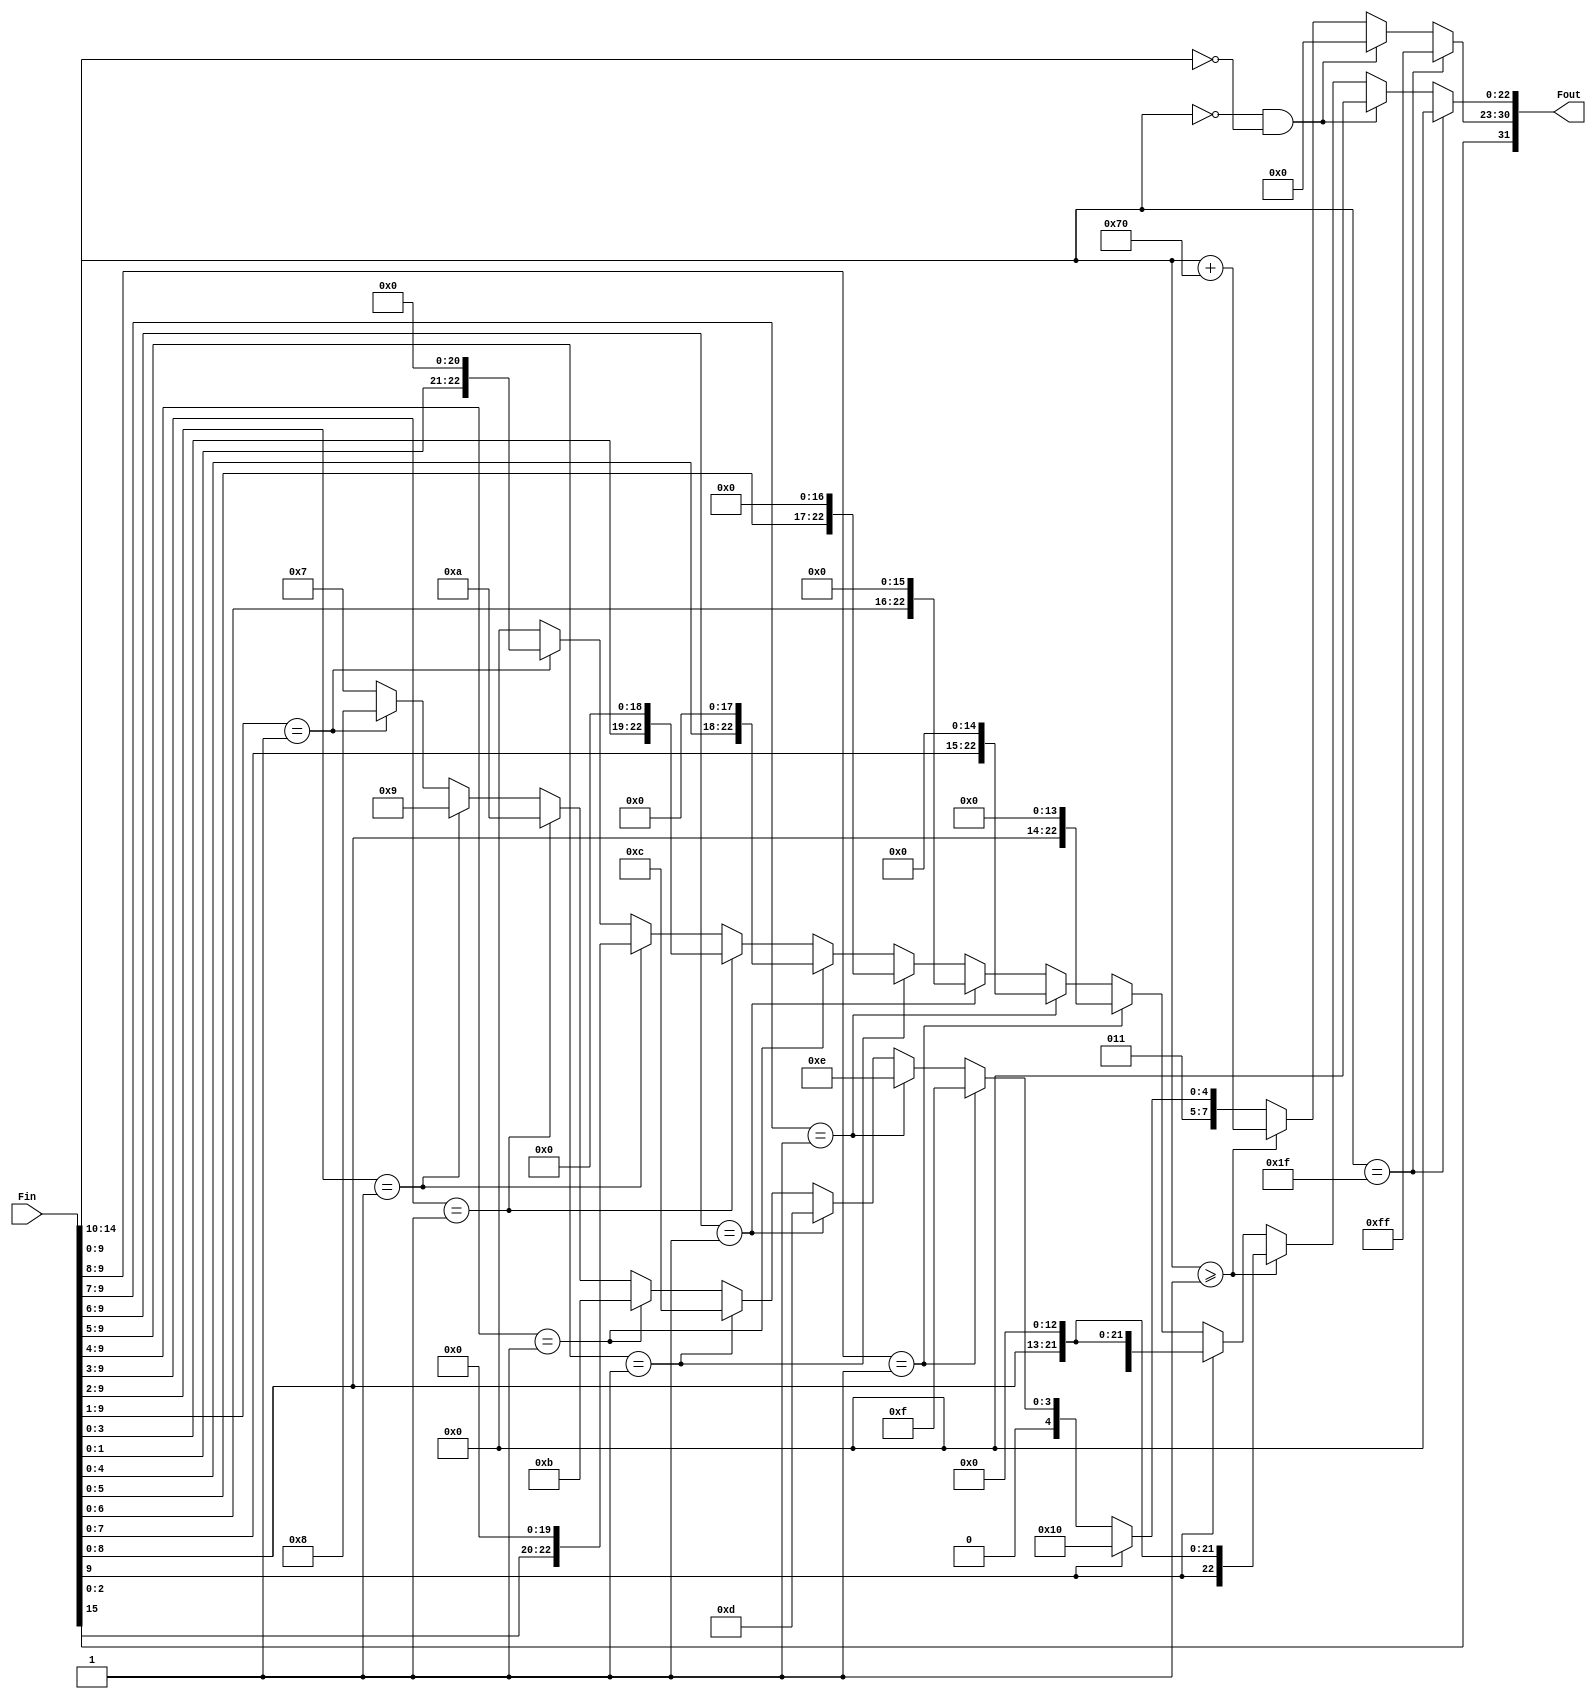
/* ----------------------------------------------------------------------------
Projeto: modulo conversor Float 16 - 32 
UFABC - universidade Federal do ABC
Verso: 1.0                Data: 02.10.2017
Prog: Carolina Zambelli

Descrio: converte um fp half precision (16bits) para um single (32bits)
como trabalhamos apenas em normalized, a frmula fica:

f = ((h&0x8000)<<16) | (((h&0x7c00)+0x1C000)<<13) | ((h&0x03FF)<<13)
-----------------------------------------------------------------------------*/

module Conv_F16_F32
(
  input [15:0] Fin,
  output [31:0] Fout
);

  reg  [7:0] Exp_tmp;
  reg  [22:0] Man_tmp;

// este bloco resolve concatenao dos bits incluindo subnormal
always @(Fin)
  begin
  if (Fin[14:10] == 5'd31)             // se exp==31 +- inf
    begin
    Exp_tmp = 8'd255;
    Man_tmp = 23'd0;
	 end
  else if ((Fin[14:10]==5'd0) && (Fin[9:0]==10'd0) )  // zero
    begin
    Exp_tmp = 8'd0;
    Man_tmp = 23'd0;
    end
  // NORMAL: 1 <= exp <= 30
  else if (Fin[14:10] >= 5'b00001)     // se exp>zero, exp acima de 2^-14
    begin
    Exp_tmp = (Fin[14:10] + 8'd112);   // apenas soma 112 ao exp
    Man_tmp = {Fin[9:0], 13'b0};
    end
  // SUBNORMAL: exp = "00000"
  else if (Fin[9]==1'b1)               // se exp==0 e 1xxx exp 2^-15
    begin
    Exp_tmp = 8'd112;                  // esse valor representa exp -15
    Man_tmp = {Fin[9:0], 13'b0};       // usa 10 bits da mantissa 
    end
  else if (Fin[9:8]==2'b01)            // se ,01.. exp = 2^-16
    begin
    Exp_tmp = 8'd111;                  // esse valor representa exp -16
    Man_tmp = {Fin[8:0], 14'b0};       // desloca bits da mantissa  
    end
  else if (Fin[9:7]==3'b001)            // se ,001.. exp = 2^-17
    begin
    Exp_tmp = 8'd110;                  // esse valor representa exp -17
    Man_tmp = {Fin[7:0], 15'b0};       // desloca bits da mantissa  
    end
  else if (Fin[9:6]==4'b0001)          // se ,0001.. exp = 2^-18
    begin
    Exp_tmp = 8'd109;                  // esse valor representa exp -18
    Man_tmp = {Fin[6:0], 16'b0};       // desloca bits da mantissa  
    end
  else if (Fin[9:5]==5'b00001)         // se ,00001.. exp = 2^-19
    begin
    Exp_tmp = 8'd108;                  // esse valor representa exp -19
    Man_tmp = {Fin[5:0], 17'b0};       // desloca bits da mantissa  
    end
  else if (Fin[9:4]==6'b000001)        // se ,000001.. exp = 2^-20
    begin
    Exp_tmp = 8'd107;                  // esse valor representa exp -20
    Man_tmp = {Fin[4:0], 18'b0};       // desloca bits da mantissa  
    end
  else if (Fin[9:3]==7'b0000001)       // se ,0000001.. exp = 2^-21
    begin
    Exp_tmp = 8'd106;                  // esse valor representa exp -21
    Man_tmp = {Fin[3:0], 19'b0};       // desloca bits da mantissa  
    end
  else if (Fin[9:2]==8'b00000001)      // se ,00000001.. exp = 2^-22
    begin
    Exp_tmp = 8'd105;                  // esse valor representa exp -22
    Man_tmp = {Fin[2:0], 20'b0};       // desloca bits da mantissa  
    end
  else if (Fin[9:1]==9'b000000001)     // se ,000000001.. exp = 2^-23
    begin
    Exp_tmp = 8'd104;                  // esse valor representa exp -23
    Man_tmp = {Fin[1:0], 21'b0};       // desloca bits da mantissa  
    end
  else                                 // se menor ainda, trava em zero
    begin
    Exp_tmp = 8'd103;                  // esse valor representa exp -126
    Man_tmp = {23'b0};                 // non-zero na mantissa  
    end
  end
  
//remonta o valor depois do clculo do novo expoente
  assign Fout = {Fin[15], Exp_tmp, Man_tmp}; 

endmodule